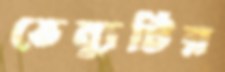
ভেন্যুটির